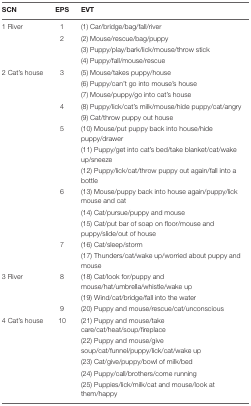
<table><thead><tr><td><b>SCN</b></td><td><b>EPS</b></td><td><b>EVT</b></td></tr></thead><tbody><tr><td>1 River</td><td>1</td><td>(1) Car/bridge/bag/fall/river</td></tr><tr><td>[EMPTY_CELL]</td><td>2</td><td>(2) Mouse/rescue/bag/puppy</td></tr><tr><td>[EMPTY_CELL]</td><td>[EMPTY_CELL]</td><td>(3) Puppy/play/bark/lick/mouse/throw stick</td></tr><tr><td>[EMPTY_CELL]</td><td>[EMPTY_CELL]</td><td>(4) Puppy/fall/mouse/rescue</td></tr><tr><td>2 Cat’s house</td><td>3</td><td>(5) Mouse/takes puppy/house</td></tr><tr><td>[EMPTY_CELL]</td><td>[EMPTY_CELL]</td><td>(6) Puppy/can’t go into mouse’s house</td></tr><tr><td>[EMPTY_CELL]</td><td>[EMPTY_CELL]</td><td>(7) Mouse/puppy/go into cat’s house</td></tr><tr><td>[EMPTY_CELL]</td><td>4</td><td>(8) Puppy/lick/cat’s milk/mouse/hide puppy/cat/angry</td></tr><tr><td>[EMPTY_CELL]</td><td>[EMPTY_CELL]</td><td>(9) Cat/throw puppy out house</td></tr><tr><td>[EMPTY_CELL]</td><td>5</td><td>(10) Mouse/put puppy back into house/hide puppy/drawer</td></tr><tr><td>[EMPTY_CELL]</td><td>[EMPTY_CELL]</td><td>(11) Puppy/get into cat’s bed/take blanket/cat/wake up/sneeze</td></tr><tr><td>[EMPTY_CELL]</td><td>[EMPTY_CELL]</td><td>(12) Puppy/lick/cat/throw puppy out again/fall into a bottle</td></tr><tr><td>[EMPTY_CELL]</td><td>6</td><td>(13) Mouse/puppy back into house again/puppy/lick mouse and cat</td></tr><tr><td>[EMPTY_CELL]</td><td>[EMPTY_CELL]</td><td>(14) Cat/pursue/puppy and mouse</td></tr><tr><td>[EMPTY_CELL]</td><td>[EMPTY_CELL]</td><td>(15) Cat/put bar of soap on floor/mouse and puppy/slide/out of house</td></tr><tr><td>[EMPTY_CELL]</td><td>7</td><td>(16) Cat/sleep/storm</td></tr><tr><td>[EMPTY_CELL]</td><td>[EMPTY_CELL]</td><td>(17) Thunders/cat/wake up/worried about puppy and mouse</td></tr><tr><td>3 River</td><td>8</td><td>(18) Cat/look for/puppy and mouse/hat/umbrella/whistle/wake up</td></tr><tr><td>[EMPTY_CELL]</td><td>[EMPTY_CELL]</td><td>(19) Wind/cat/bridge/fall into the water</td></tr><tr><td>[EMPTY_CELL]</td><td>9</td><td>(20) Puppy and mouse/rescue/cat/unconscious</td></tr><tr><td>4 Cat’s house</td><td>10</td><td>(21) Puppy and mouse/take care/cat/heat/soup/fireplace</td></tr><tr><td>[EMPTY_CELL]</td><td>[EMPTY_CELL]</td><td>(22) Puppy and mouse/give soup/cat/funnel/puppy/lick/cat/wake up</td></tr><tr><td>[EMPTY_CELL]</td><td>[EMPTY_CELL]</td><td>(23) Cat/give/puppy/bowl of milk/bed</td></tr><tr><td>[EMPTY_CELL]</td><td>[EMPTY_CELL]</td><td>(24) Puppy/call/brothers/come running</td></tr><tr><td>[EMPTY_CELL]</td><td>[EMPTY_CELL]</td><td>(25) Puppies/lick/milk/cat and mouse/look at them/happy</td></tr></tbody></table>